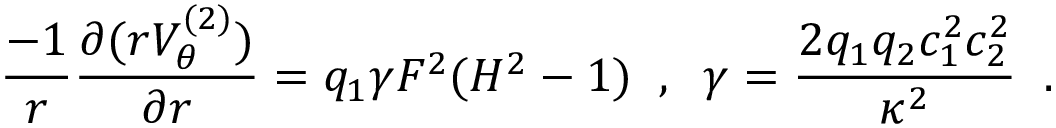
\frac { - 1 } { r } \frac { \partial ( r V _ { \theta } ^ { ( 2 ) } ) } { \partial r } = q _ { 1 } \gamma F ^ { 2 } ( H ^ { 2 } - 1 ) \; \; , \; \; \gamma = \frac { 2 q _ { 1 } q _ { 2 } c _ { 1 } ^ { 2 } c _ { 2 } ^ { 2 } } { \kappa ^ { 2 } } \; \; .